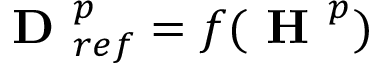
\boldsymbol { \textbf { D } } _ { r e f } ^ { p } = f ( \boldsymbol { \textbf { H } ^ { p } } )